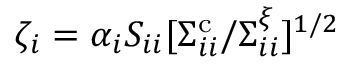
\zeta _ { i } = \alpha _ { i } S _ { i i } [ \Sigma _ { i i } ^ { \mathrm { c } } / \Sigma _ { i i } ^ { \xi } ] ^ { 1 / 2 }